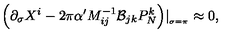
\Big ( \partial _ { \sigma } X ^ { i } - 2 \pi \alpha ^ { \prime } M _ { i j } ^ { - 1 } { \cal B } _ { j k } P _ { N } ^ { k } \Big ) \vert _ { _ { \sigma = \pi } } \approx 0 ,